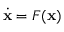
{ \dot { \mathbf { x } } } = F ( \mathbf { x } )